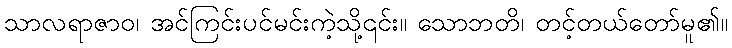
သာလရာဇာဝ၊ အင်ကြင်းပင်မင်းကဲ့သို့၎င်း။ သောဘတိ၊ တင့်တယ်တော်မူ၏။